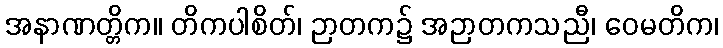
အနာဏတ္တိက။ တိကပါစိတ်၊ ဉာတက၌ အဉာတကသညီ၊ ဝေမတိက၊